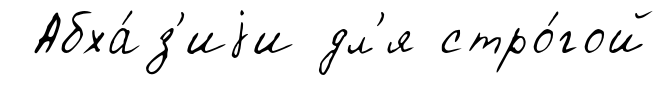
Абха́з'иjи дл'я стро́гой